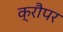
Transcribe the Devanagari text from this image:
क्रौपर